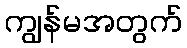
ကျွန်မအတွက်